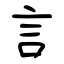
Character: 言